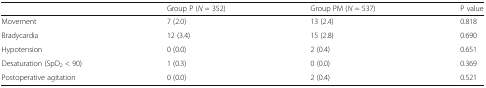
<table><thead><tr><td></td><td><b>Group P (<i>N</i> = 352)</b></td><td><b>Group PM (<i>N</i> = 537)</b></td><td><b>P value</b></td></tr></thead><tbody><tr><td>Movement</td><td>7 (2.0)</td><td>13 (2.4)</td><td>0.818</td></tr><tr><td>Bradycardia</td><td>12 (3.4)</td><td>15 (2.8)</td><td>0.690</td></tr><tr><td>Hypotension</td><td>0 (0.0)</td><td>2 (0.4)</td><td>0.651</td></tr><tr><td>Desaturation (SpO<sub>2</sub> &lt; 90)</td><td>1 (0.3)</td><td>0 (0.0)</td><td>0.369</td></tr><tr><td>Postoperative agitation</td><td>0 (0.0)</td><td>2 (0.4)</td><td>0.521</td></tr></tbody></table>